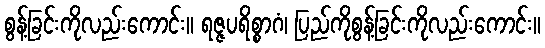
စွန့်ခြင်းကိုလည်းကောင်း။ ရဇ္ဇပရိစ္စာဂံ၊ ပြည်ကိုစွန့်ခြင်းကိုလည်းကောင်း။